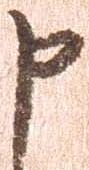
申